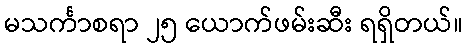
မသင်္ကာစရာ ၂၅ ယောက်ဖမ်းဆီး ရရှိတယ်။